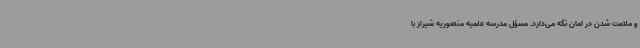
و ملامت شدن در امان نگه می‌دارد. مسؤل مدرسه علمیه منصوریه شیراز با